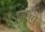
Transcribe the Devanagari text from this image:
लिलेरो